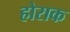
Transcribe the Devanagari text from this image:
होराक